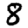
Digit: 8